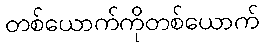
တစ်ယောက်ကိုတစ်ယောက်